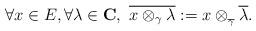
LaTeX: \begin{align*}\forall x \in E, \forall \lambda \in \mathbf{C}, \ \overline{x \otimes_\gamma \lambda} := x \otimes_{_{\overline{\gamma}}} \overline{\lambda}.\end{align*}